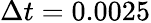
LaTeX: \Delta t=0.0025